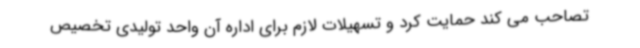
تصاحب می کند حمایت کرد و تسهیلات لازم برای اداره آن واحد تولیدی تخصیص